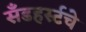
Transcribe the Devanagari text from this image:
सँडहर्स्टचे